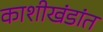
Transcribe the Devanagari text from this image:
काशीखंडांत